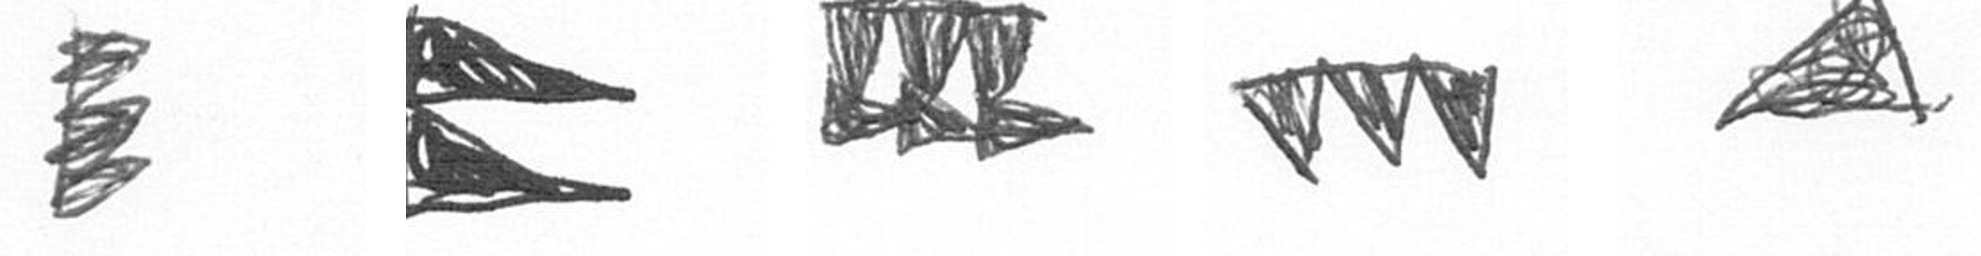
H P D L O